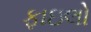
ફાઇલો